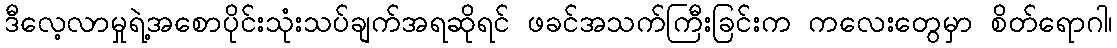
ဒီလေ့လာမှုရဲ့အစောပိုင်းသုံးသပ်ချက်အရဆိုရင် ဖခင်အသက်ကြီးခြင်းက ကလေးတွေမှာ စိတ်ရောဂါ၊